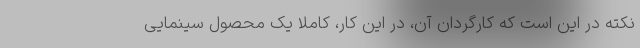
نکته در این است که کارگردان آن، در این کار، کاملا یک محصول سینمایی